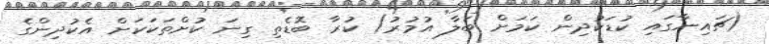
(ޗައިނާގައި ކުޑަކުދިން ކަމަށް ބަލާ އުމުރު) ކުރާ ބޮޑެތި ގިނަ ކުށްތަކަކަށް އެކުދިންގެ